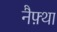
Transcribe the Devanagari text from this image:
नैफ़्था